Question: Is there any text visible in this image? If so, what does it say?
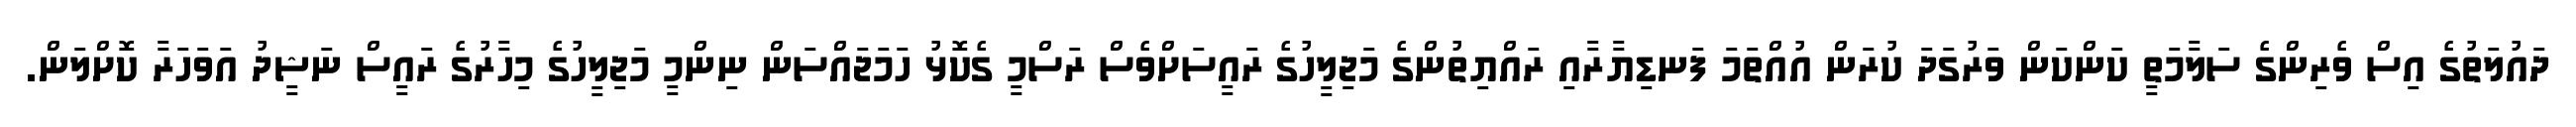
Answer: ދައުލަތުގެ އިސް ވެރިންގެ ސަލާމަތީ ކަންކަން ވަރުގަދަ ކުރަން އުއްތަމަ ފަނޑިޔާރާއި ރައްޔިތުންގެ މަޖިލީހުގެ ރައީސަށްވެސް ރަސްމީ ގެކޮޅު ހަމަޖައްސަން ނިންމީ މަޖިލީހުގެ މިހާރުގެ ރައީސް ނަޝީދު އަވަހަރާ ކޮށްލަން.